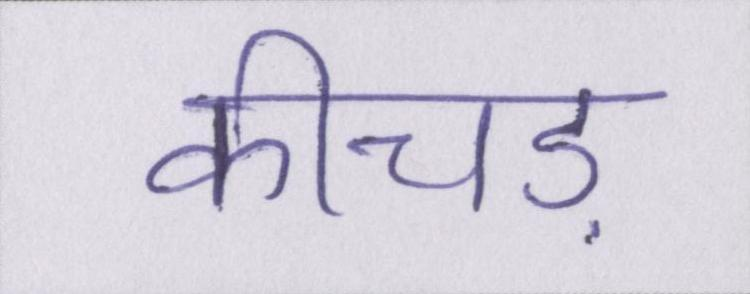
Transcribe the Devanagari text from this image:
कीचड़